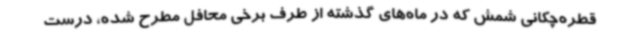
قطره‌چکانی شمش که در ماه‌های گذشته از طرف برخی محافل مطرح ‌شده، درست